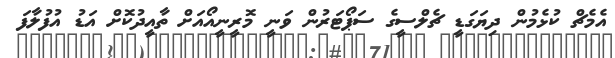
އެމެޗް ކުޅެމުން ދިޔަގަޑީ ޗެލްސީގެ ސަޕޯޓަރުން ވަނީ މޮރީނީއޯއަށް ތާއީދުކޮށް އަޑު އުފުލާފަ